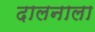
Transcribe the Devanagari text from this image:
दालनाला